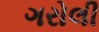
ગરોલી